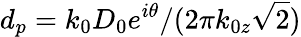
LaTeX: d_{p}=k_{0}D_{0}e^{i\theta}/(2\pi k_{0z}\sqrt{2})